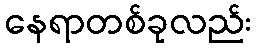
နေရာတစ်ခုလည်း